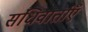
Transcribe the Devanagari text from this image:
संधिवार्ताएँ